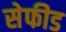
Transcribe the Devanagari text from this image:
सेफीड